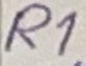
Text: R1